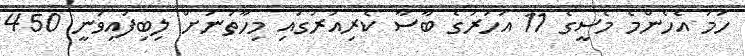
ހަމަ އެހެންމެ މެސީގެ 11 އަހަރުގެ ބާސާ ކެރިއަރުގައި މިހާތަނަށް ލިބިފައިވަނީ 450